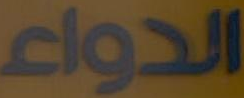
الدواء